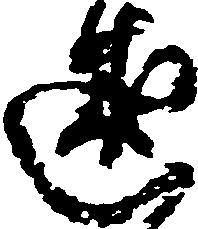
述